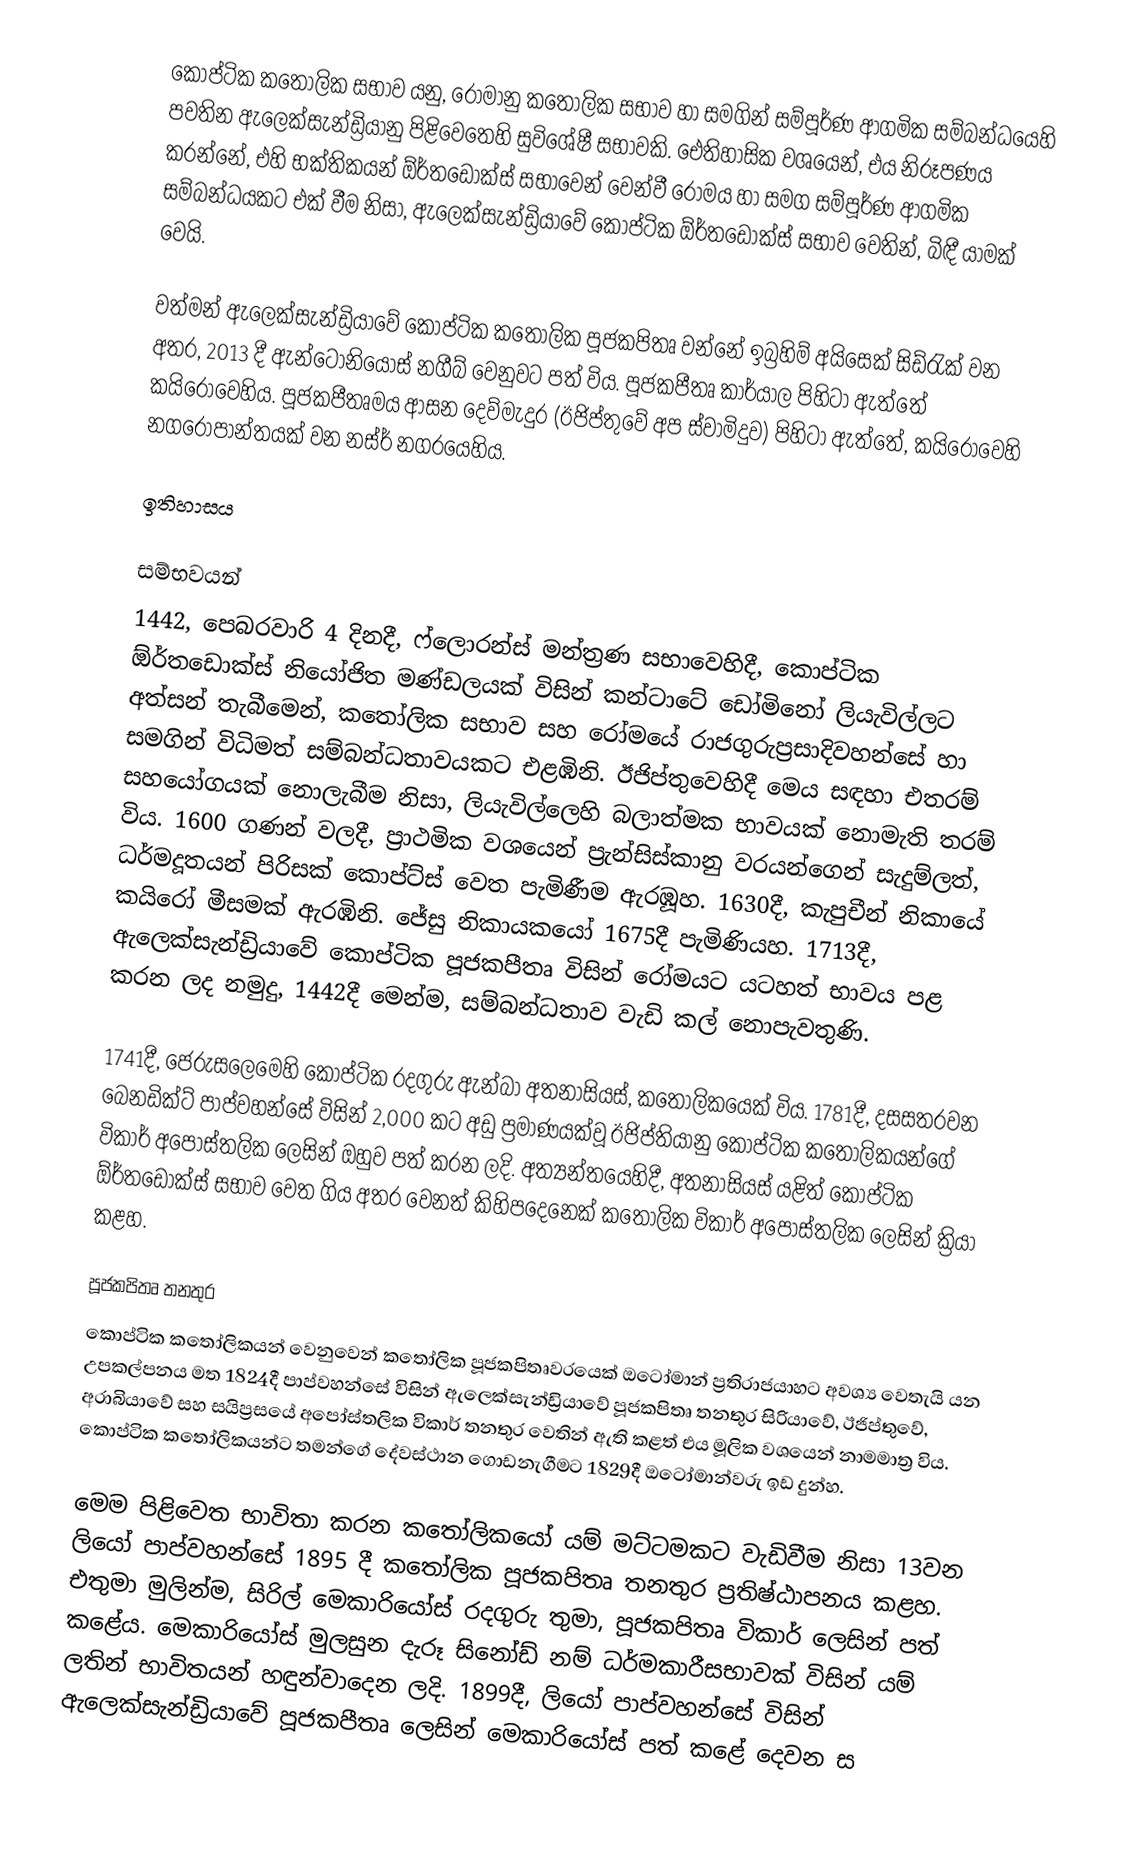
කොප්ටික කතෝලික සභාව යනු,   රෝමානු කතෝලික සභාව හා සමගින්   සම්පූර්ණ ආගමික සම්බන්ධයෙහි පවතින  ඇලෙක්සැන්ඩ්‍රියානු පිළිවෙතෙහි සුවිශේෂී සභාවකි. ඓතිහාසික වශයෙන්, එය නිරූපණය කරන්නේ,  එහි භක්තිකයන් ඕර්තඩොක්ස් සභාවෙන් වෙන්වී රෝමය හා සමග  සම්පූර්ණ ආගමික සම්බන්ධයකට එක් වීම නිසා,  ඇලෙක්සැන්ඩ්‍රියාවේ කොප්ටික ඕර්තඩොක්ස් සභාව වෙතින්, බිඳී යාමක් වෙයි.

වත්මන් ඇලෙක්සැන්ඩ්‍රියාවේ කොප්ටික කතෝලික පූජකපිතෘ වන්නේ  ඉබ්‍රහිම් අයිසෙක් සිඩ්රැක් වන අතර, 2013 දී ඇන්ටෝනියෝස් නගීබ් වෙනුවට පත් විය. පූජකපීතෘ කාර්යාල පිහිටා ඇත්තේ  කයිරෝවෙහිය. පූජකපීතෘමය ආසන දෙව්මැදුර (ඊජිප්තුවේ අප ස්වාමිදුව) පිහිටා ඇත්තේ, කයිරෝවෙහි නගරෝපාන්තයක් වන  නස්ර් නගරයෙහිය.

ඉතිහාසය

සම්භවයන්
1442, පෙබරවාරි 4 දිනදී, ෆ්ලොරන්ස් මන්ත්‍රණ සභාවෙහිදී, කොප්ටික ඕර්තඩොක්ස් නියෝජිත මණ්ඩලයක් විසින්  කන්ටාටේ ඩෝමිනෝ ලියැවිල්ලට අත්සන් තැබීමෙන්, කතෝලික සභාව සහ රෝමයේ රාජගුරුප්‍රසාදිවහන්සේ හා සමගින් විධිමත් සම්බන්ධතාවයකට එළඹිනි. ඊජිප්තුවෙහිදී මෙය සඳහා එතරම් සහයෝගයක් නොලැබීම නිසා, ලියැවිල්ලෙහි බලාත්මක භාවයක් නොමැති තරම් විය. 1600 ගණන් වලදී, ප්‍රාථමික වශයෙන්  ප්‍රැන්සිස්කානු වරයන්ගෙන් සැදුම්ලත්, ධර්මදූතයන් පිරිසක් කොප්ට්ස් වෙත පැමිණීම ඇරඹූහ. 1630දී, කැපුචීන් නිකායේ කයිරෝ මීසමක් ඇරඹිනි. ජේසු නිකායකයෝ 1675දී පැමිණියහ.  1713දී, ඇලෙක්සැන්ඩ්‍රියාවේ කොප්ටික පූජකපීතෘ විසින් රෝමයට යටහත් භාවය පළ කරන ලද නමුදු, 1442දී මෙන්ම, සම්බන්ධතාව වැඩි කල් නොපැවතුණි.

1741දී, ජෙරුසලෙමෙහි කොප්ටික රදගුරු ඇන්බා අතනාසියස්, කතෝලිකයෙක් විය.   1781දී, දසසතරවන බෙනඩික්ට් පාප්වහන්සේ විසින් 2,000 කට අඩු ප්‍රමාණයක්වූ ඊජිප්තියානු කොප්ටික කතෝලිකයන්ගේ විකාර් අපෝස්තලික ලෙසින් ඔහුව පත් කරන ලදි.  අත්‍යන්තයෙහිදී, අතනාසියස් යළිත් කොප්ටික ඕර්තඩොක්ස් සභාව වෙත ගිය අතර වෙනත් කිහිපදෙනෙක් කතෝලික විකාර් අපෝස්තලික ලෙසින් ක්‍රියා කළහ.

පූජකපිතෘ තනතුර
කොප්ටික කතෝලිකයන් වෙනුවෙන්  කතෝලික පූජකපිතෘවරයෙක්  ඔටෝමාන් ප්‍රතිරාජයාහට  අවශ්‍ය වෙතැයි යන උපකල්පනය මත 1824දී පාප්වහන්සේ විසින් ඇලෙක්සැන්ඩ්‍රියාවේ පූජකපිතෘ තනතුර සිරියාවේ, ඊජිප්තුවේ, අරාබියාවේ සහ සයිප්‍රසයේ අපෝස්තලික විකාර් තනතුර වෙතින් ඇති කළත්   එය මූලික වශයෙන්  නාමමාත්‍ර විය.  කොප්ටික කතෝලිකයන්ට තමන්ගේ දේවස්ථාන ගොඩනැගීමට 1829දී ඔටෝමාන්වරු  ඉඩ දුන්හ.

මෙම පිළිවෙත භාවිතා කරන කතෝලිකයෝ යම් මට්ටමකට වැඩිවීම නිසා 13වන ලියෝ පාප්වහන්සේ 1895 දී කතෝලික පූජකපිතෘ තනතුර ප්‍රතිෂ්ඨාපනය කළහ.   එතුමා මුලින්ම,  සිරිල් මෙකාරියෝස් රදගුරු තුමා, පූජකපිතෘ විකාර් ලෙසින් පත් කළේය. මෙකාරියෝස් මුලසුන දැරූ සිනෝඩ් නම් ධර්මකාරීසභාවක් විසින් යම් ලතින් භාවිතයන් හඳුන්වාදෙන ලදි. 1899දී, ලියෝ පාප්වහන්සේ විසින් ඇලෙක්සැන්ඩ්‍රියාවේ පූජකපීතෘ ලෙසින් මෙකාරියෝස්  පත් කළේ දෙවන ස